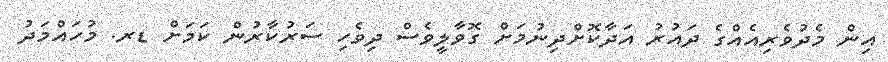
އިން މެދުވެރިއެއްގެ ދައުރު އަދާކޮށްދިނުމަށް ގޮވާލީވެސް ދިވެހި ސަރުކާރުން ކަމަށް ޑރ. މުހައްމަދު